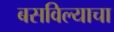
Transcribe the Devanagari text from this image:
बसविल्याचा